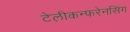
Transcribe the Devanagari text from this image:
टेलीकन्फरेनसिंग